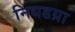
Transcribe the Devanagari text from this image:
निधडय़ा